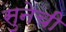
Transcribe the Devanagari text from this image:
सुनेची